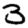
Digit: 3